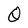
Character: Q